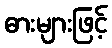
ဓားများဖြင့်